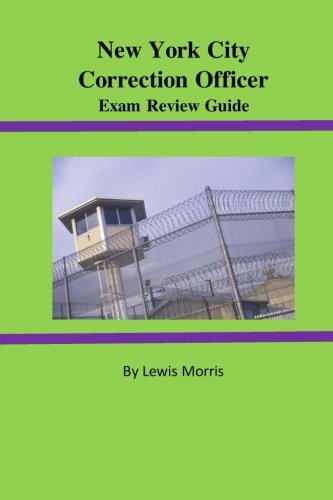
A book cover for New York City Correction Officer Exam Review Guide; Lewis Morris; Test Preparation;